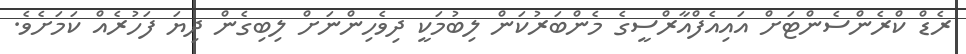
ރެޑް ކްރެންސެންޓަށް އައިއެފްއާރްސީގެ މެންބަރުކަން ލިބުމަކީ ދިވެހިންނަށް ލިބިގެން ދިޔަ ފަހުރެއް ކަމަށެވެ.